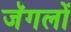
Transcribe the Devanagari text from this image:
जॅगलों